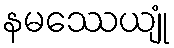
နမဿေယျုံ